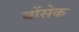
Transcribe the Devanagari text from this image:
बोंसेक